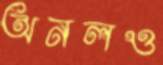
অনলও